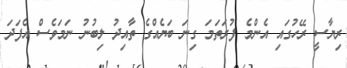
ރިޔާސީ ރޭހުގައި އެންމެ ފުރަތަމަ ގިނަ ބަޔެއްގެ ތާއިދު ލިބުނު ނަމަވެސް އެފަދަ